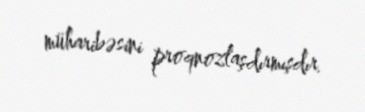
müharibəsini proqnozlaşdırmışdır.